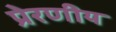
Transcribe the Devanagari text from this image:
प्रेरणीय